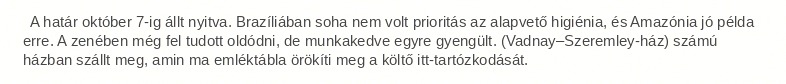
A határ október 7-ig állt nyitva. Brazíliában soha nem volt prioritás az alapvető higiénia, és Amazónia jó példa erre. A zenében még fel tudott oldódni, de munkakedve egyre gyengült. (Vadnay–Szeremley-ház) számú házban szállt meg, amin ma emléktábla örökíti meg a költő itt-tartózkodását.